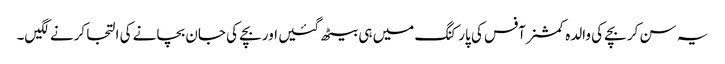
یہ سن کر بچے کی والدہ کمشنر آفس کی پارکنگ میں ہی بیٹھ گئیں اور بچے کی جان بچانے کی التجا کرنے لگیں۔